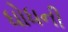
ધોધની